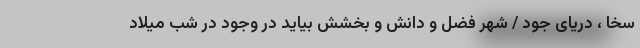
سخا ، دریای جود / شهر فضل و دانش و بخشش بیاید در وجود در شب میلاد